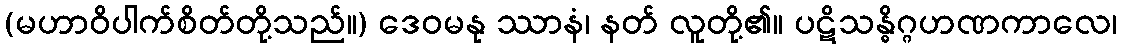
(မဟာဝိပါက်စိတ်တို့သည်။) ဒေဝမနု ဿာနံ၊ နတ် လူတို့၏။ ပဋိသန္ဓိဂ္ဂဟဏကာလေ၊